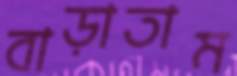
বাড়াতাম